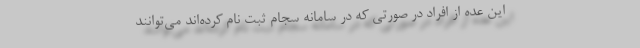
این عده از افراد در صورتی که در سامانه سجام ثبت نام کرده‌اند می‌توانند